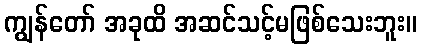
ကျွန်တော် အခုထိ အဆင်သင့်မဖြစ်သေးဘူး။